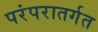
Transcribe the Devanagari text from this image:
परंपरातर्गत